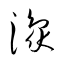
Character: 豫